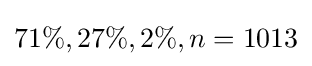
71\%,27\%,2\%,n=1013